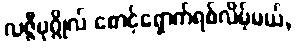
လဇ္ဇီပုဂ္ဂိုလ် စောင့်ရှောက်ရစ်လိမ့်မယ်,